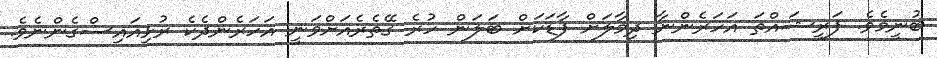
ބުނީމެވެ. ފަރީޝައްތަ އަހަރެންނާ ދިމާލަށް ފާޑަކަށް ބަލަން ހުރެ ގޭތެރެއަށްވަނީ އަހަރެންދެކެ ރުޅިއައިސްގެންނެވެ.